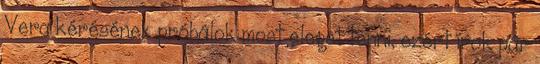
Vera kérésének próbálok most eleget tenni, ezért írok pár